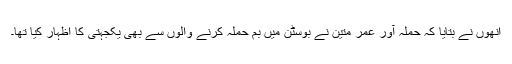
انھوں نے بتایا کہ حملہ آور عمر متین نے بوسٹن میں بم حملہ کرنے والوں سے بھی یکجہتی کا اظہار کیا تھا۔